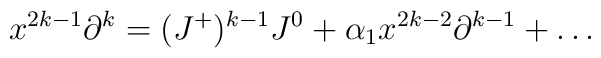
x^{2k-1} \partial^k = (J^+)^{k-1} J^0 + \alpha_1 x^{2k-2} \partial^{k-1}+\dots